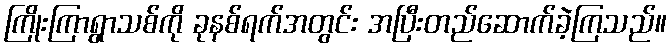
ကြိုးကြာရွာသစ်ကို ခုနစ်ရက်အတွင်း အပြီးတည်ဆောက်ခဲ့ကြသည်။